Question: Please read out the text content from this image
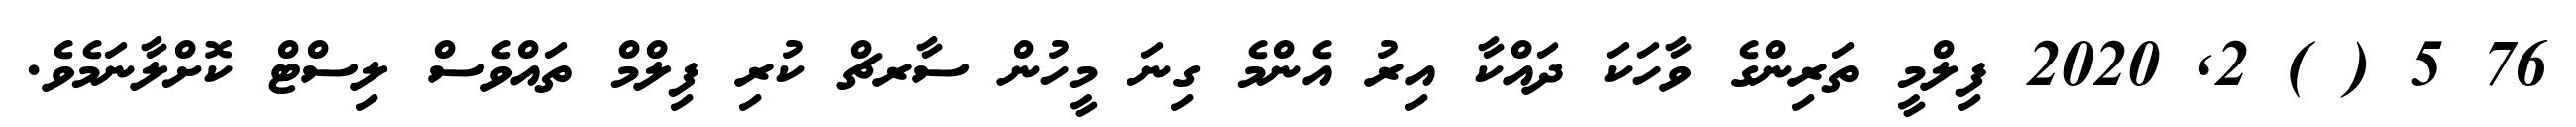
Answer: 76 5 ( ) 2, 2020 ފިލްމީ ތަރިންގެ ވާހަކަ ދައްކާ އިރު އެންމެ ގިނަ މީހުން ސާރޗް ކުރި ފިލްމް ތައްވެސް ލިސްޓް ކޮށްލާނަމެވެ.